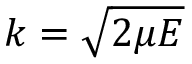
k = \sqrt { 2 \mu E }